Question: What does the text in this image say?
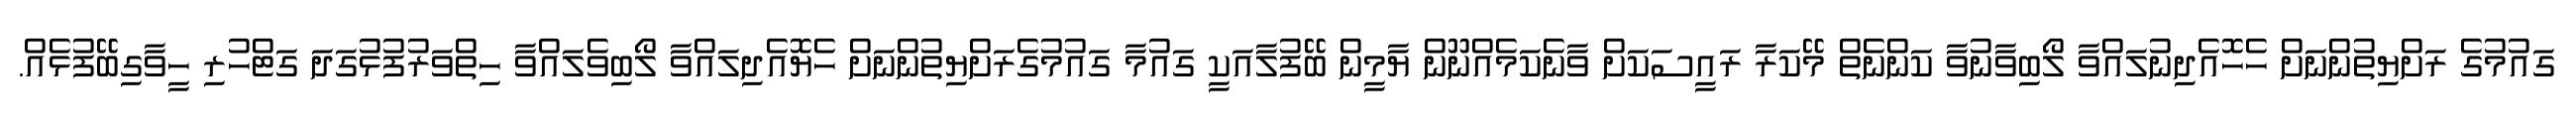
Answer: ގައުމުގެ ރަށްޔިތުންނަށް ހެހޮއެދިނުލައްވާ ލޯބިވާނުވާ ކަންނެތް މޭކަރާ ރައީސަކަށް ވާނެކަމެއްނޫން ޔާމީން ބޭފުލާއަކީ ގައުމާ ގައުމުގެރަށްޔިތުންނަށް ހެޔޮއެދިލައްވާ ލޯބިވެލައްވާ ހިތްވަރުފުޅުގަދަ ގަޓްހުރި ހީވާގިބޭފުޅެއް.